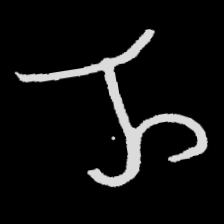
Pyu character \u2014 Myanmar letter: ည (romanized: nya)